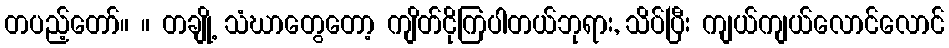
တပည့်တော်။ ။ တချို့ သံဃာတွေတော့ ကျိတ်ငိုကြပါတယ်ဘုရား, သိပ်ပြီး ကျယ်ကျယ်လောင်လောင်